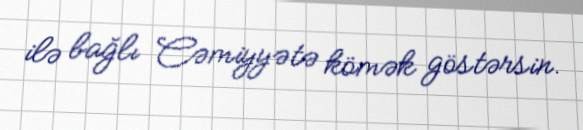
ilə bağlı Cəmiyyətə kömək göstərsin.